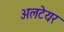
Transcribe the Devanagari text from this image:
अलटेयर